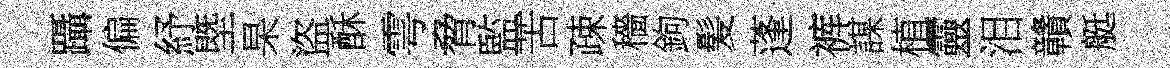
躡偏紓塈杲盜酥雩脅監苦疎穡鉤髪蓬裤謀植靈泪贛艇